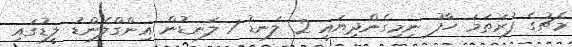
މެޗުގެ ފުރަތަމަ ހާފު ނިމިގެންދިޔައީ 2 ލަނޑު 1 ލަނޑުން އިންގްލެންޑު ލީޑުގައި